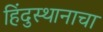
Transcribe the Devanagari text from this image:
हिंदुस्थानाचा